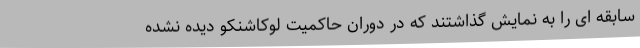
سابقه ای را به نمایش گذاشتند که در دوران حاکمیت لوکاشنکو دیده نشده